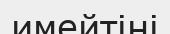
имейтіні